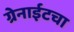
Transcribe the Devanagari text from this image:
ग्रेनाईटचा